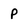
Character: P